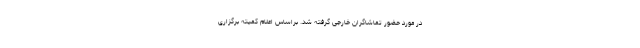
در مورد حضور تماشاگران خارجی گرفته شد. براساس اعلام کمیته برگزاری